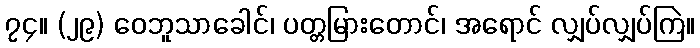
၇၄။ (၂၉) ဝေဘူသာခေါင်၊ ပတ္တမြားတောင်၊ အရောင် လျှပ်လျှပ်ကြဲ။